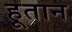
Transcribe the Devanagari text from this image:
हूतान